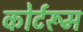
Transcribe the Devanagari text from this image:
कोर्टरूम